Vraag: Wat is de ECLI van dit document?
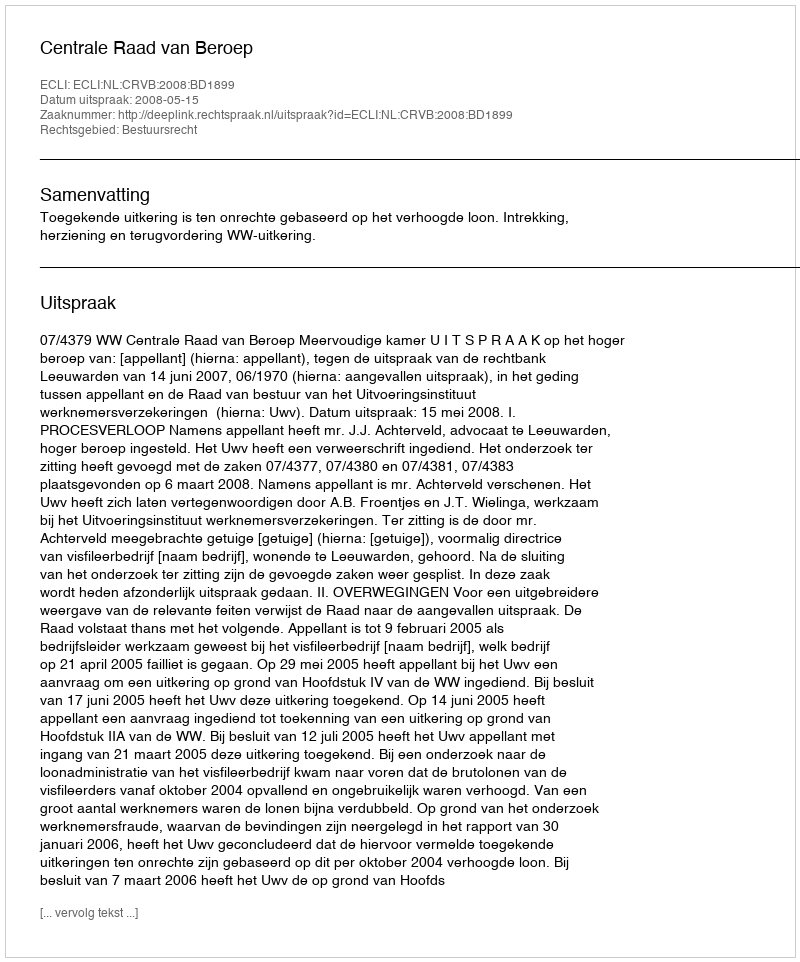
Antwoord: ECLI:NL:CRVB:2008:BD1899